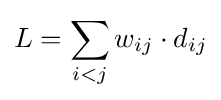
L=\sum _{i<j}w_{ij}\cdot d_{ij}